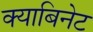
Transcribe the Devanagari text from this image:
क्याबिनेट